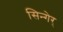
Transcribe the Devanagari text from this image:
सिन्गेर्